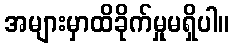
အများမှာထိခိုက်မှုမရှိပါ။